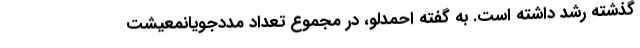
گذشته رشد داشته است. به گفته احمدلو، در مجموع تعداد مددجویانمعیشت